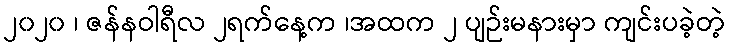
၂၀၂၀ ၊ ဇန်နဝါရီလ ၂ရက်နေ့က ၊အထက ၂ ပျဉ်းမနားမှာ ကျင်းပခဲ့တဲ့